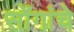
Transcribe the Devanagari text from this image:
सोंगांचे